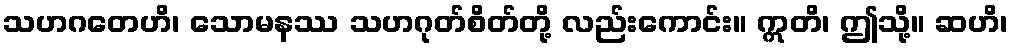
သဟဂတေဟိ၊ သောမနဿ သဟဂုတ်စိတ်တို့ လည်းကောင်း။ ဣတိ၊ ဤသို့။ ဆဟိ၊